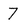
Character: 7